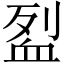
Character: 𬠼